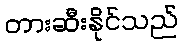
တားဆီးနိုင်သည်